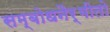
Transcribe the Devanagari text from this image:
सम्बोधनैर्भीतो